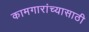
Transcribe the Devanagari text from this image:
कामगारांच्यासाठी